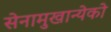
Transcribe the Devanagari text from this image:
सेनामुखान्येको